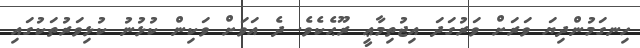
ހިނގަމުންދިޔަ ވަރަށް ވަރުގަދަ އިޖުތިމާޢީ ރޫޙެކެވެ. ދެ އަވަށް ވަކިން ކުޅުނު ކުޅިވަރުތަކުގައި